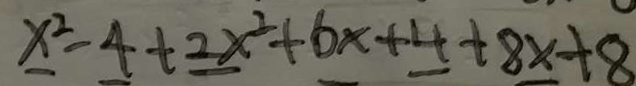
x ^ { 2 } - 4 + 2 x ^ { 2 } + 6 x + 4 + 8 x + 8